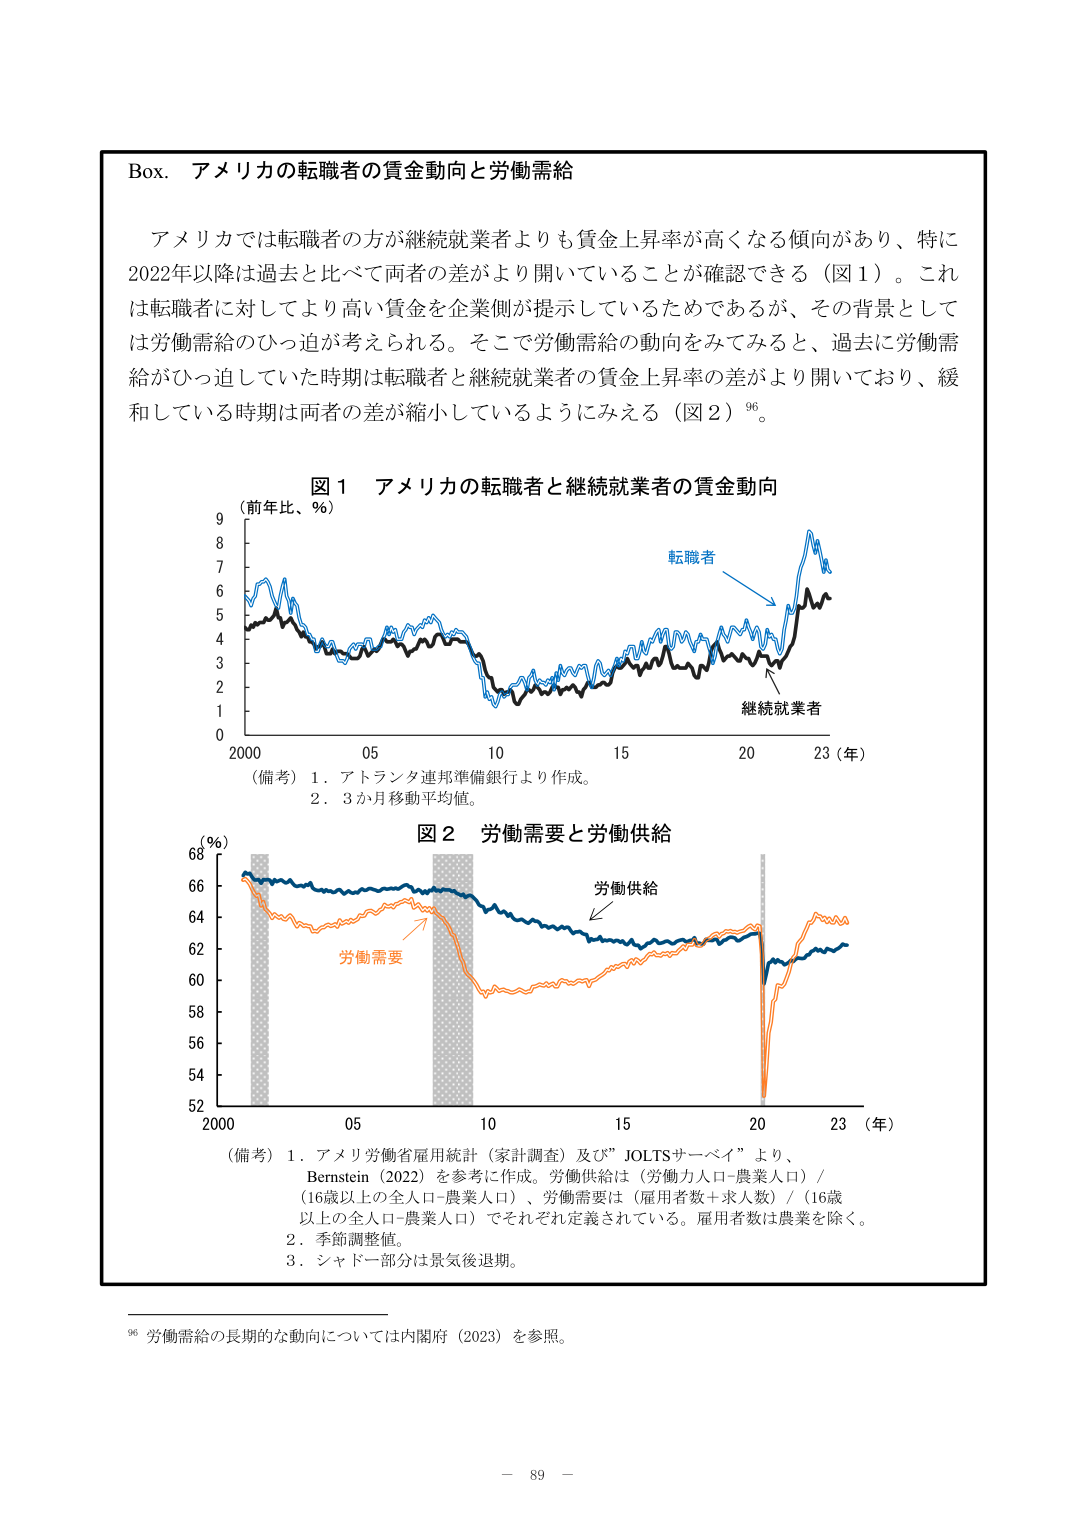
Box. アメリカの転職者の賃金動向と労働需給

アメリカでは転職者の方が継続就業者よりも賃金上昇率が高くなる傾向があり、特に2022年以降は過去と比べて両者の差がより開いていることが確認できる（図1）。これは転職者に対してより高い賃金を企業側が提示しているためであるが、その背景としては労働需給のひっ迫が考えられる。そこで労働需給の動向をみてみると、過去に労働需給がひっ迫していた時期は転職者と継続就業者の賃金上昇率の差がより開いており、緩和している時期は両者の差が縮小しているようにみえる（図2）⁹⁶。

図1 アメリカの転職者と継続就業者の賃金動向
（前年比、％）
転職者
継続就業者
2000 05 10 15 20 23（年）

（備考）1．アトランタ連邦準備銀行より作成。
2．3か月移動平均値。

図2 労働需要と労働供給
（％）
労働供給
労働需要
2000 05 10 15 20 23（年）

（備考）1．アメリカ労働省雇用統計（家計調査）及び”JOLTSサーベイ”より、Bernstein（2022）を参考に作成。労働供給は（労働力人口-農業人口）/（16歳以上の全人口-農業人口）、労働需要は（雇用者数+求人数）/（16歳以上の全人口-農業人口）でそれぞれ定義されている。雇用者数は農業を除く。
2．季節調整値。
3．シャドー部分は景気後退期。

⁹⁶ 労働需給の長期的な動向については内閣府（2023）を参照。

－ 89 －